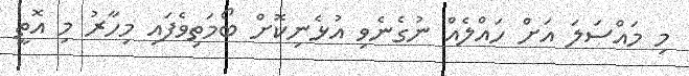
މި މައްސަލަ އަށް ހައްލެއް ނުގެނެވި އުޅެނިކޮށް ބޯމަތިވެފައި މިހާރު މި އޮތީ